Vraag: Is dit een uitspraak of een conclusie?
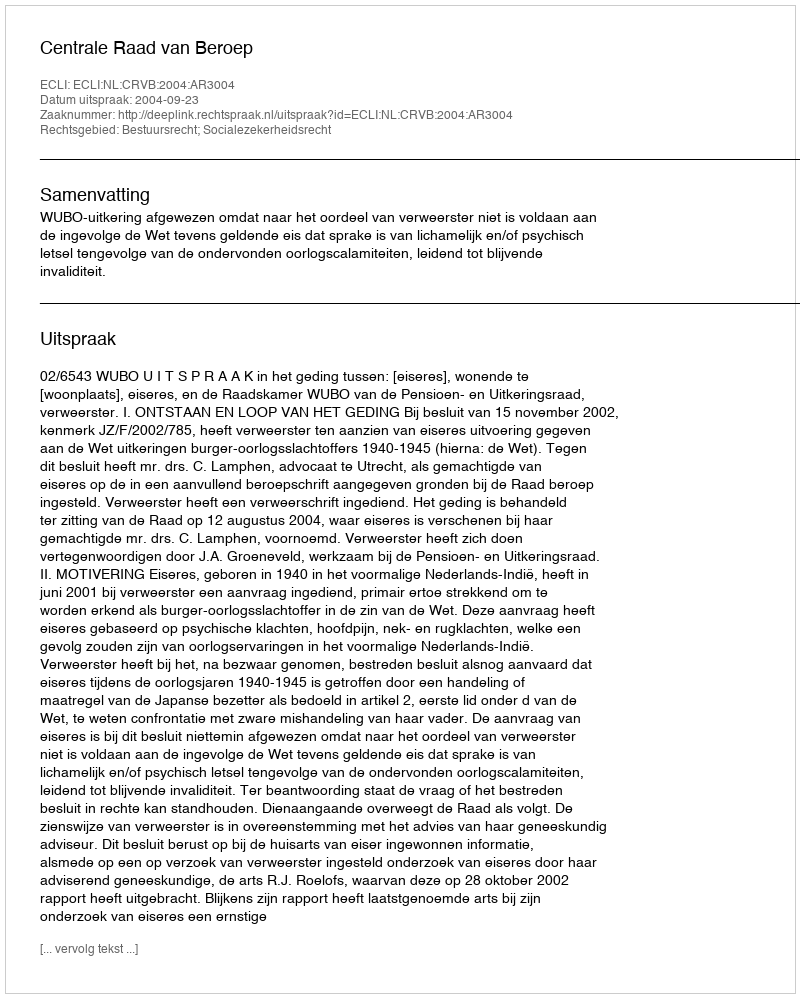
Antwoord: Uitspraak